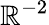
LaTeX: \mathbb{R}^{-2}